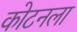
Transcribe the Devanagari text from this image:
कोटनला